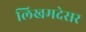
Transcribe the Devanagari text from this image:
लिखमदेसर